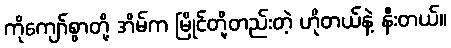
ကိုကျော်စွာတို့ အိမ်က မြိုင်တို့တည်းတဲ့ ဟိုတယ်နဲ့ နီးတယ်။